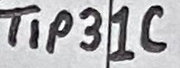
Text: TIP31C